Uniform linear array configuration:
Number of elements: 64
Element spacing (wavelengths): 0.5
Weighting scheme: uniform
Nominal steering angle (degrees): -15
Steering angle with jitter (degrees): -13.632
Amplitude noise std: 0.05
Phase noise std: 0.05

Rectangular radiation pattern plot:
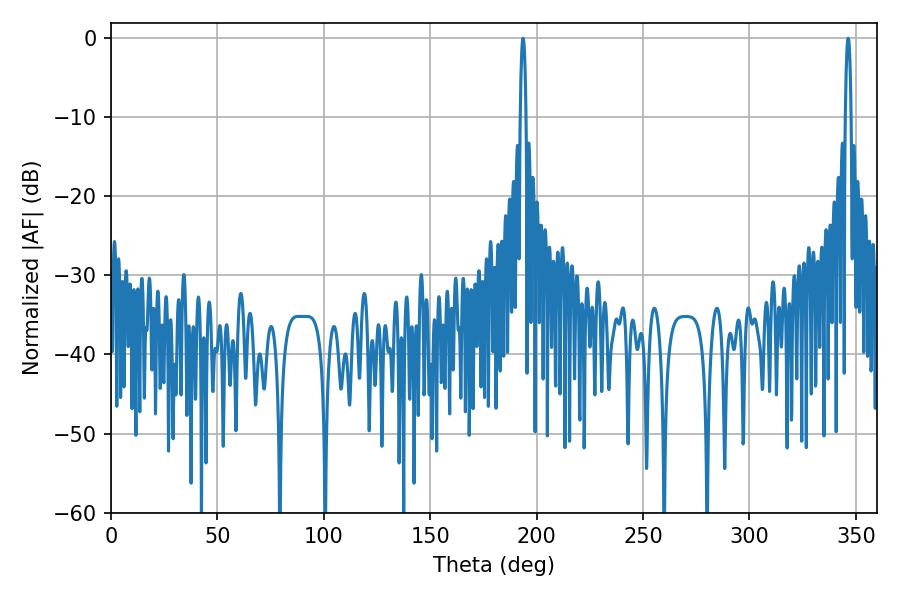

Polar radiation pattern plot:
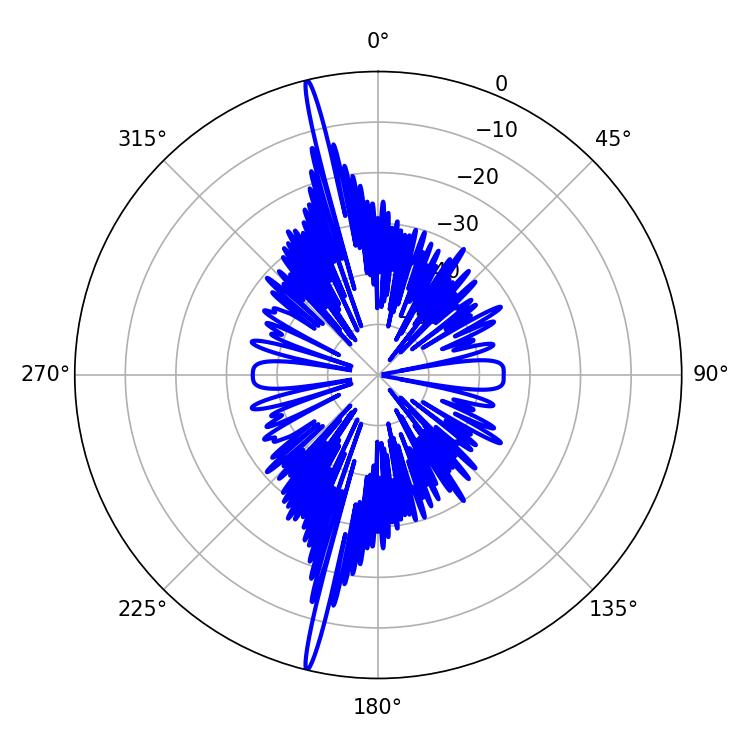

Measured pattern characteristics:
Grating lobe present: FALSE
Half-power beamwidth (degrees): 1.44
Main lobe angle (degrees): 346.32